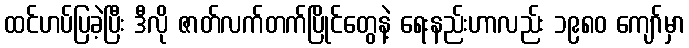
ထင်ဟပ်ပြခဲ့ပြီး ဒီလို ဇာတ်လက်တက်ပြိုင်တွေနဲ့ ရေးနည်းဟာလည်း ၁၉၈၀ ကျော်မှာ